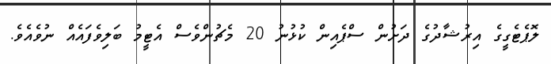
ލޮޕެޓެގީގެ އިރުޝާދުގެ ދަށުން ސްޕެއިން ކުޅުނު 20 މެޗުންވެސް އެޓީމު ބަލިވެފައެއް ނުވެއެވެ.